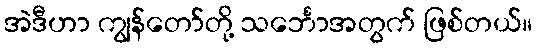
အဲဒီဟာ ကျွန်တော်တို့ သင်္ဘောအတွက် ဖြစ်တယ်။